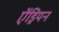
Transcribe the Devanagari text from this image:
ऐंड्रियन